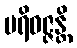
ပရိဝဇ္ဇန္တိ